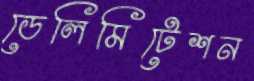
ডেলিমিটেশন